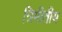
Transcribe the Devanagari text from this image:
त्रिमीतीय